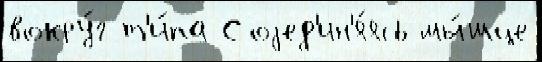
вокру́г т'и́па Соjед'ин'я́ясь мы́шце